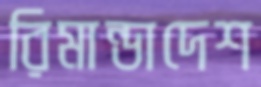
রিমান্ডাদেশ